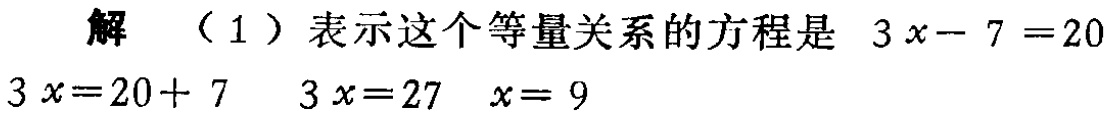
解 （1）表示这个等量关系的方程是 \(3x - 7 = 20\)

\(3x=20 + 7\)  \(3x = 27\)  \(x = 9\)